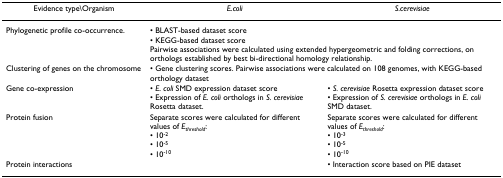
<table><thead><tr><td><b>Evidence type\Organism</b></td><td><b><i>E.coli</i></b></td><td><b><i>S.cerevisiae</i></b></td></tr></thead><tbody><tr><td>Phylogenetic profile co-occurrence.</td><td colspan="2">• BLAST-based dataset score• KEGG-based dataset scorePairwise associations were calculated using extended hypergeometric and folding corrections, on orthologs established by best bi-directional homology relationship.</td></tr><tr><td>Clustering of genes on the chromosome</td><td colspan="2">• Gene clustering scores. Pairwise associations were calculated on 108 genomes, with KEGG-based orthology dataset</td></tr><tr><td>Gene co-expression</td><td>• <i>E. coli </i>SMD expression dataset score• Expression of <i>E. coli </i>orthologs in <i>S. cerevisiae </i>Rosetta dataset.</td><td>• <i>S. cerevisiae </i>Rosetta expression dataset score• Expression of <i>S. cerevisiae </i>orthologs in <i>E. coli </i>SMD dataset.</td></tr><tr><td>Protein fusion</td><td>Separate scores were calculated for different values of <i>E</i><sub><i>threshold</i></sub>:• 10<sup>-2</sup>• 10<sup>-5</sup>• 10<sup>-10</sup></td><td>Separate scores were calculated for different values of <i>E</i><sub><i>threshold</i></sub>:• 10<sup>-3</sup>• 10<sup>-5</sup>• 10<sup>-10</sup></td></tr><tr><td>Protein interactions</td><td>[EMPTY_CELL]</td><td>• Interaction score based on PIE dataset</td></tr></tbody></table>